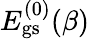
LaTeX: E_{\mathrm{gs}}^{(0)}(\beta)